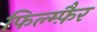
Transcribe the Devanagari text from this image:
फिल्म्फ़ैर